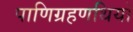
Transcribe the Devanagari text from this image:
पाणिग्रहणथियों